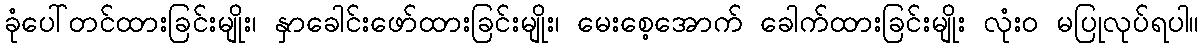
ခုံပေါ်တင်ထားခြင်းမျိုး၊ နှာခေါင်းဖော်ထားခြင်းမျိုး၊ မေးစေ့အောက် ခေါက်ထားခြင်းမျိုး လုံးဝ မပြုလုပ်ရပါ။